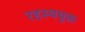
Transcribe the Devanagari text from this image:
रहस्ययुक्त